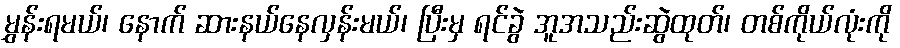
မွှန်းရမယ်၊ နောက် ဆားနယ်နေလှန်းမယ်၊ ပြီးမှ ရင်ခွဲ အူအသည်းဆွဲထုတ်၊ တစ်ကိုယ်လုံးကို